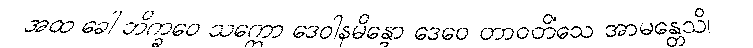
အထ ခေါ ဘိက္ခဝေ သက္ကော ဒေဝါနမိန္ဒော ဒေဝေ တာဝတိံသေ အာမန္တေသိ၊